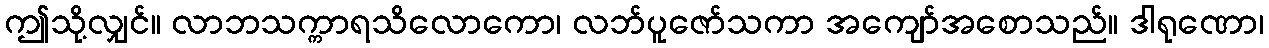
ဤသို့လျှင်။ လာဘသက္ကာရသိလောကော၊ လဘ်ပူဇော်သကာ အကျော်အစောသည်။ ဒါရုဏော၊